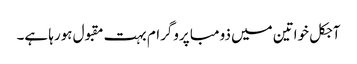
آجکل خواتین میں ذومبا پروگرام بہت مقبول ہورہا ہے۔